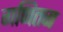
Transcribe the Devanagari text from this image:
गणितज